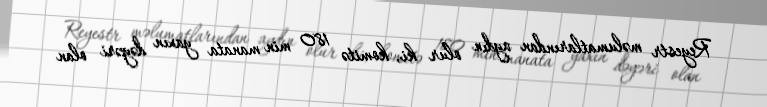
Reyestr məlumatlarından aydın olur ki, komitə 180 min manata yaxın dəyəri olan